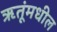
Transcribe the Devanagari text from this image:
ऋतूंमधील